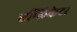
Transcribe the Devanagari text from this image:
एप्लिकेटर